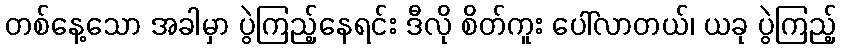
တစ်နေ့သော အခါမှာ ပွဲကြည့်နေရင်း ဒီလို စိတ်ကူး ပေါ်လာတယ်၊ ယခု ပွဲကြည့်